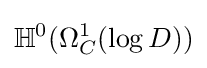
\mathbb {H} ^{0}(\Omega _{C}^{1}(\log D))